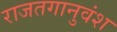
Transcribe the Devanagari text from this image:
राजतगानुवंश